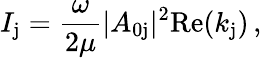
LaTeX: I_{\mathrm{j}}=\frac{\omega}{2\mu}|A_{\mathrm{0j}}|^{2}\mathrm{Re}(k_{\mathrm{j}})\, ,